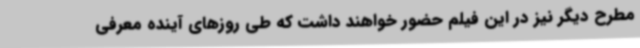
مطرح دیگر نیز در این فیلم حضور خواهند داشت که طی روزهای آینده معرفی